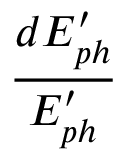
\frac { d E _ { p h } ^ { \prime } } { E _ { p h } ^ { \prime } }